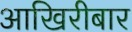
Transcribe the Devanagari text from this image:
आखिरीबार